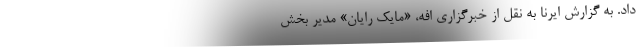
داد. به گزارش ایرنا به نقل از خبرگزاری افه، «مایک رایان» مدیر بخش